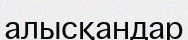
алысқандар